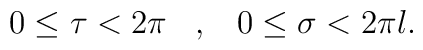
0 \leq \tau < 2\pi \;\;\; ,\;\;\; 0 \leq \sigma < 2\pi l .